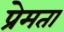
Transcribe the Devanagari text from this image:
प्रेमता